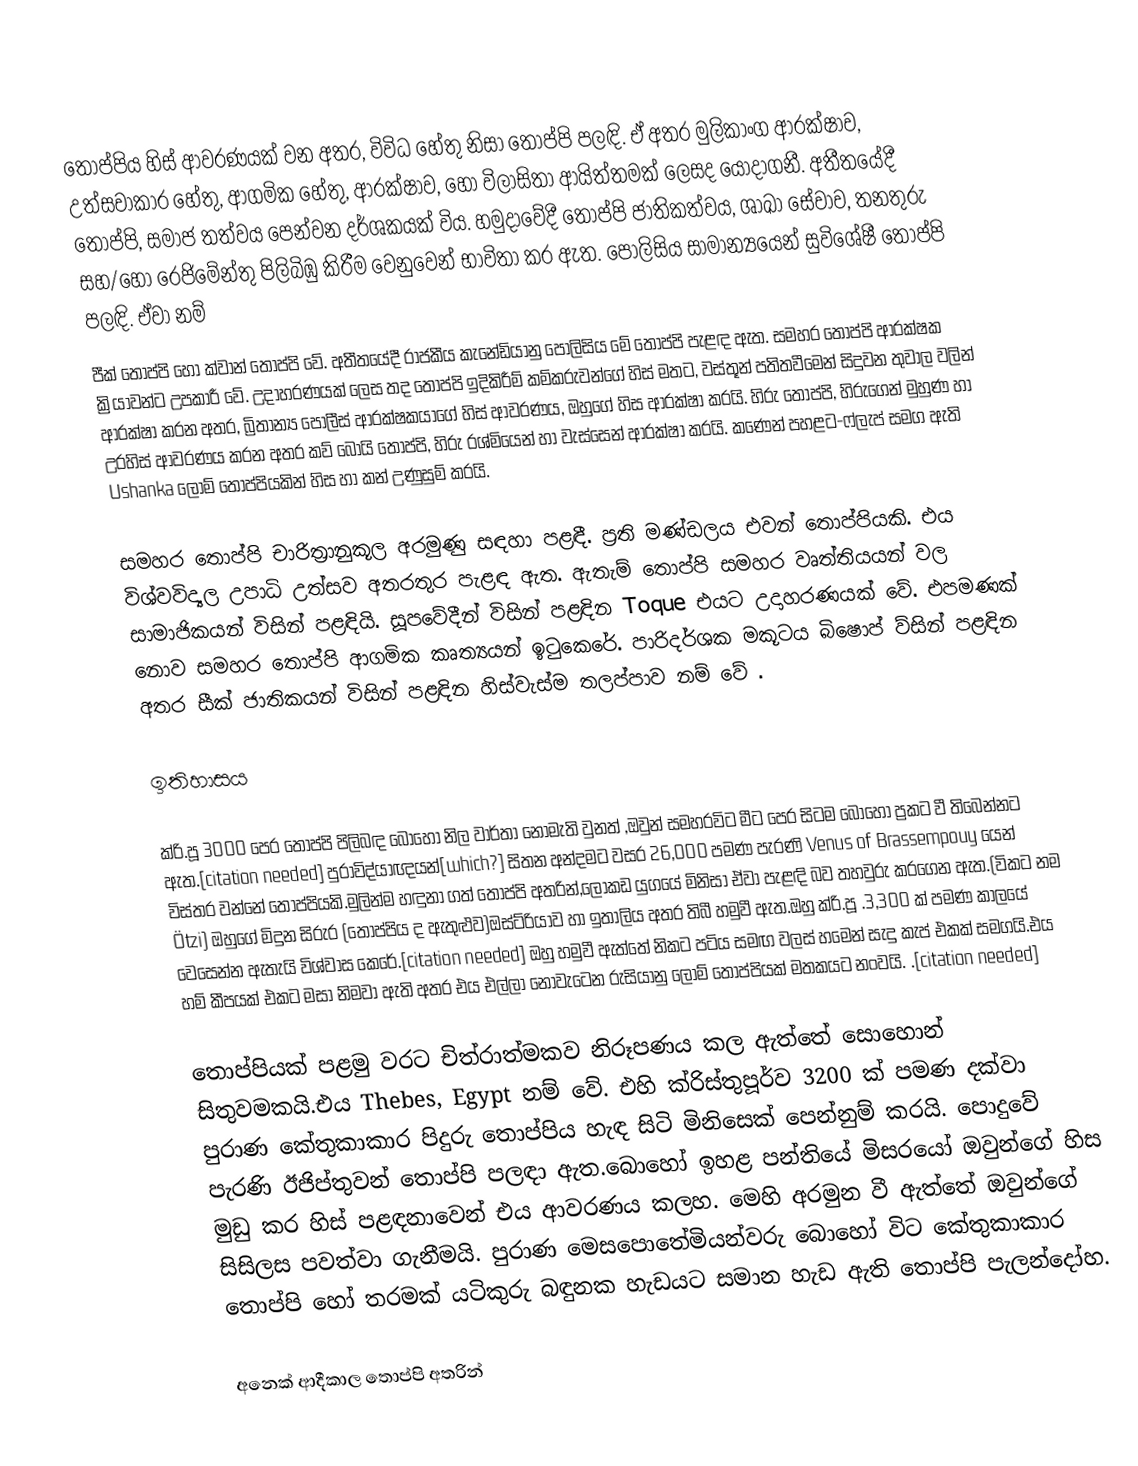
තොප්පිය හිස් ආවරණයක් වන අතර, විවිධ හේතු නිසා තොප්පි පලඳි. ඒ අතර මුලිකාංග ආරක්ෂාව, උත්සවාකාර හේතු, ආගමික හේතු, ආරක්ෂාව, හෝ විලාසිතා ආයිත්තමක් ලෙසද යොදාගනී. අතීතයේදී තොප්පි, සමාජ තත්වය පෙන්වන දර්ශකයක් විය. හමුදාවේදී තොප්පි ජාතිකත්වය, ශාඛා සේවාව, තනතුරු සහ/හෝ රෙජිමේන්තු පිලිබිඹු කිරීම වෙනුවෙන් භාවිතා කර ඇත. පොලිසිය සාමාන්‍යයෙන් සුවිශේෂී තොප්පි පලඳි. ඒවා නම්    
පීක් තොප්පි හෝ ක්වාන් තොප්පි වේ. අතීතයේදී රාජකීය කැනේඩියානු පොලිසිය මේ තොප්පි පැළඳ ඇත. සමහර තොප්පි ආරක්ෂක ක්‍රියාවන්ට උපකාරී වේ. උදාහරණයක් ලෙස තද තොප්පි ඉදිකිරීම් කම්කරුවන්ගේ හිස් මතට, වස්තූන් පතිතවීමෙන් සිදුවන තුවාල වලින් ආරක්ෂා කරන අතර, බ්‍රිතාන්‍ය පොලීස් ආරක්ෂකයාගේ හිස් ආවරණය, ඔහුගේ හිස ආරක්ෂා කරයි. හිරු තොප්පි, හිරුගෙන්  මුහුණ හා උරහිස් ආවරණය කරන අතර කව් බෝයි තොප්පි, හිරු රශ්මියෙන් හා වැස්සෙන් ආරක්ෂා කරයි. කණෙන් පහළට-ෆ්ලැප් සමග ඇති  Ushanka ලොම් තොප්පියකින් හිස හා කන් උණුසුම් කරයි.

සමහර තොප්පි  චාරිත්‍රානුකූල අරමුණු සඳහා පළඳී. ප්‍රති මණ්ඩලය එවන් තොප්පියකි. එය විශ්වවිද්‍යල උපාධි උත්සව අතරතුර පැළඳ ඇත. ඇතැම් තොප්පි සමහර වෘත්තියයන් වල සාමාජිකයන් විසින් පළඳියි. සූපවේදීන් විසින් පළඳින Toque එයට උදාහරණයක් වේ. එපමණක් නොව සමහර තොප්පි ආගමික කෘත්‍යයන් ඉටුකෙරේ. පාරිදර්ශක මකූටය බිෂොප් ව්සින් පළඳින අතර සීක් ජාතිකයන් විසින් පළඳින හිස්වැස්ම තලප්පාව නම් වේ .

ඉතිහාසය

ක්රි.පූ 3000 පෙර තොප්පි පිලිබඳ බොහෝ නිල වාර්තා නොමැති වුනත් ,ඔවුන්  සමහරවිට මීට පෙර සිටම බොහෝ ප්‍රකට වී තිබෙන්නට ඇත.[citation needed] පුරාවිද්යාඥයන්[which?] සිතන අන්දමට වසර 26,000  පමණ පැරණි Venus of Brassempouy  යෙන්  විස්තර වන්නේ තොප්පියකි.මුලින්ම හඳුනා ගත් තොප්පි අතරින්,ලෝකඩ යුගයේ  මිනිසා ඒවා  පැළඳි  බව තහවුරු කරගෙන  ඇත.(විකට නම  Ötzi) ඔහුගේ මිදුන සිරුර (තොප්පිය ද ඇතුළුව)ඔස්ට්රියාව හා ඉතාලිය අතර තිබී  හමුවී ඇත.ඔහු ක්රි.පූ .3,300 ක් පමණ කාලයේ  වෙසෙන්න ඇතැයි විශ්වාස කෙරේ.[citation needed] ඔහු හමුවී ඇත්තේ නිකට පටිය සමඟ වලස් හමෙන් සැදු  කැප් එකක් සමගයි.එය හම්  කීපයක් එකට මසා නිමවා ඇති අතර එය එල්ලා නොවැටෙන රුසියානු ලොම් තොප්පියක් මතකයට නංවයි.  .[citation needed]

තොප්පියක් පළමු වරට  චිත්රාත්මකව නිරූපණය කල ඇත්තේ සොහොන් සිතුවමකයි.එය Thebes, Egypt නම් වේ.    එහි ක්රිස්තුපූර්ව 3200 ක් පමණ දක්වා පුරාණ කේතුකාකාර පිදුරු තොප්පිය හැඳ සිටි මිනිසෙක් පෙන්නුම් කරයි. පොදුවේ පැරණි ඊජිප්තුවන්  තොප්පි පලඳා ඇත.බොහෝ ඉහළ පන්තියේ මිසරයෝ  ඔවුන්ගේ හිස මුඩු කර හිස් පළඳනාවෙන් එය ආවරණය කලහ.  මෙහි අරමුන වී ඇත්තේ ඔවුන්ගේ සිසිලස පවත්වා ගැනීමයි. පුරාණ මෙසපොතේමියන්වරු බොහෝ විට කේතුකාකාර තොප්පි හෝ තරමක් යටිකුරු බඳුනක හැඩයට සමාන හැඩ ඇති තොප්පි පැලන්දෝහ.

අනෙක් ආදීකාල  තොප්පි අතරින්